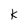
Character: K